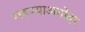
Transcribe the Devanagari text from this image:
राहण्याअगोदर